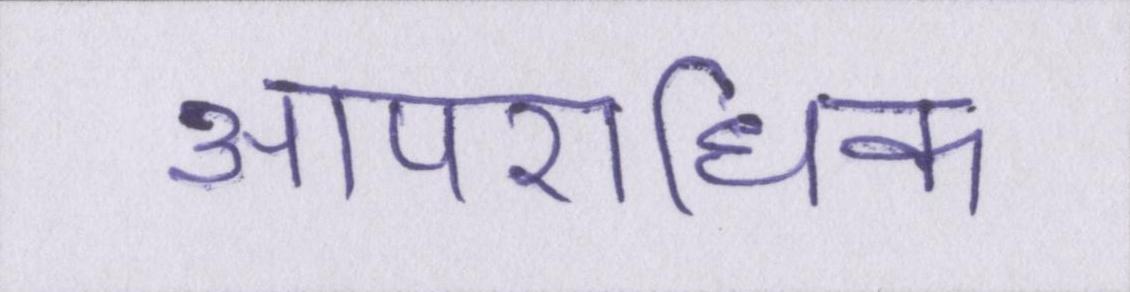
आपराधिक